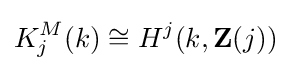
K_{j}^{M}(k)\cong H^{j}(k,\mathbf {Z} (j))